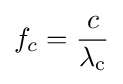
f_{c}={\frac {c}{\lambda _{\rm {c}}}}